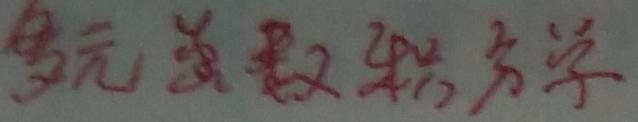
多元函数积分学